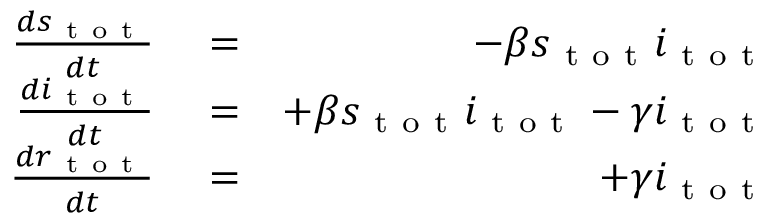
\begin{array} { r l r } { \frac { d s _ { \mathrm { ~ t ~ o ~ t ~ } } } { d t } } & { { } = } & { - \beta s _ { \mathrm { ~ t ~ o ~ t ~ } } i _ { \mathrm { ~ t ~ o ~ t ~ } } } \\ { \frac { d i _ { \mathrm { ~ t ~ o ~ t ~ } } } { d t } } & { { } = } & { + \beta s _ { \mathrm { ~ t ~ o ~ t ~ } } i _ { \mathrm { ~ t ~ o ~ t ~ } } - \gamma i _ { \mathrm { ~ t ~ o ~ t ~ } } } \\ { \frac { d r _ { \mathrm { ~ t ~ o ~ t ~ } } } { d t } } & { { } = } & { + \gamma i _ { \mathrm { ~ t ~ o ~ t ~ } } } \end{array}